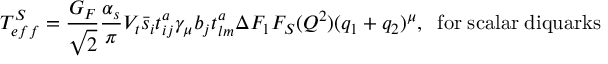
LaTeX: T _ { e f f } ^ { S } = { \frac { G _ { F } } { \sqrt 2 } } { \frac { \alpha _ { s } } { \pi } } V _ { t } \bar { s } _ { i } t _ { i j } ^ { a } \gamma _ { \mu } b _ { j } t _ { l m } ^ { a } \Delta F _ { 1 } F _ { S } ( Q ^ { 2 } ) ( q _ { 1 } + q _ { 2 } ) ^ { \mu } , \; \; \mathrm { f o r \; s c a l a r \; d i q u a r k s } \,